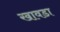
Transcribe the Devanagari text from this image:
खावडा